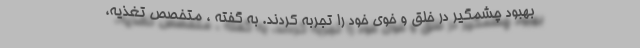
بهبود چشمگیر در خلق و خوی خود را تجربه کردند. به گفته ، متخصص تغذیه،